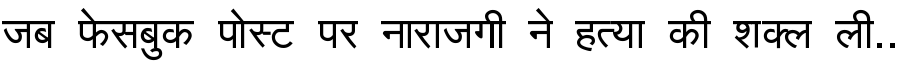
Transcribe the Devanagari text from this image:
जब फेसबुक पोस्ट पर नाराजगी ने हत्या की शक्ल ली..